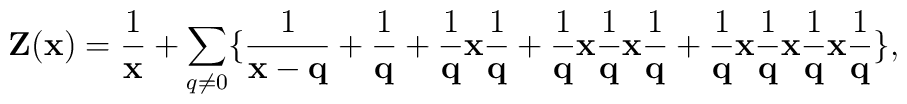
{\bf Z({\bf x})}=\frac{1}{{\bf x}}+\sum_{q\neq 0}\{\frac{1}{{\bf x-q}}+\frac{1}{{\bf q}}+\frac{1}{{\bf q}}{\bf x}\frac{1}{{\bf q}}+\frac{1}{{\bf q}}{\bf x}\frac{1}{{\bf q}}{\bf x}\frac{1}{{\bf q}}+\frac{1}{{\bf q}}{\bf x}\frac{1}{{\bf q}}{\bf x}\frac{1}{{\bf q}}{\bf x}\frac{1}{{\bf q}}\},